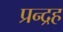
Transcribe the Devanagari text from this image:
प्रन्द्रह